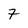
Character: 7